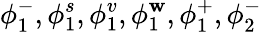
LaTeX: \phi_{1}^{-},\phi_{1}^{s},\phi_{1}^{v},\phi_{1}^{\mathbf{w}},\phi_{1}^{+},\phi_{2}^{-}